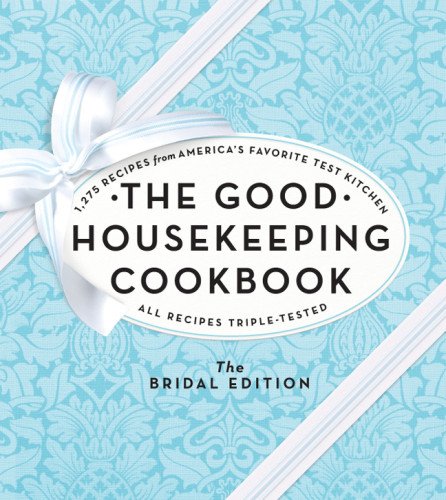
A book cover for The Good Housekeeping Cookbook: The Bridal Edition: 1,275 Recipes from America's Favorite Test Kitchen; Crafts, Hobbies & Home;